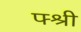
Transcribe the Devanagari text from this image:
फ्श्री